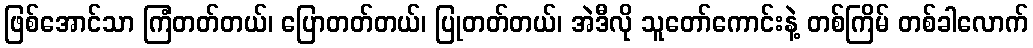
ဖြစ်အောင်သာ ကြံတတ်တယ်၊ ပြောတတ်တယ်၊ ပြုတတ်တယ်၊ အဲဒီလို သူတော်ကောင်းနဲ့ တစ်ကြိမ် တစ်ခါလောက်